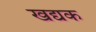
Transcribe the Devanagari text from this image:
खद्यक